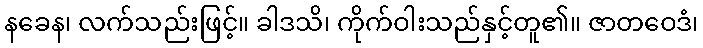
နခေန၊ လက်သည်းဖြင့်။ ခါဒသိ၊ ကိုက်ဝါးသည်နှင့်တူ၏။ ဇာတဝေဒံ၊